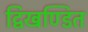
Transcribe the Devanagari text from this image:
द्विखण्डित